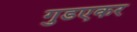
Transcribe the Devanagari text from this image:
गुडएकर